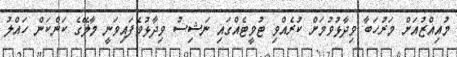
މުއިއްޒުއަށް މަރުހަބާ ވިދާޅުވުމަށް ކުރެއްވި ޓުވީޓެއްގައި ނަޝިސު ވިދާޅުވެފައިވަނީ މާލޭގެ ކަންކަން ހައްލު